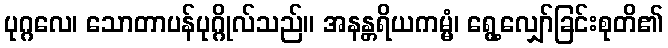
ပုဂ္ဂလေ၊ သောတာပန်ပုဂ္ဂိုလ်သည်။ အနန္တရိယကမ္မံ၊ ရွေ့လျှော်ခြင်းစုတိ၏